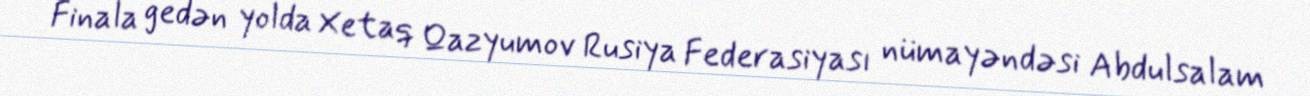
Finala gedən yolda Xetaq Qazyumov Rusiya Federasiyası nümayəndəsi Abdulsalam